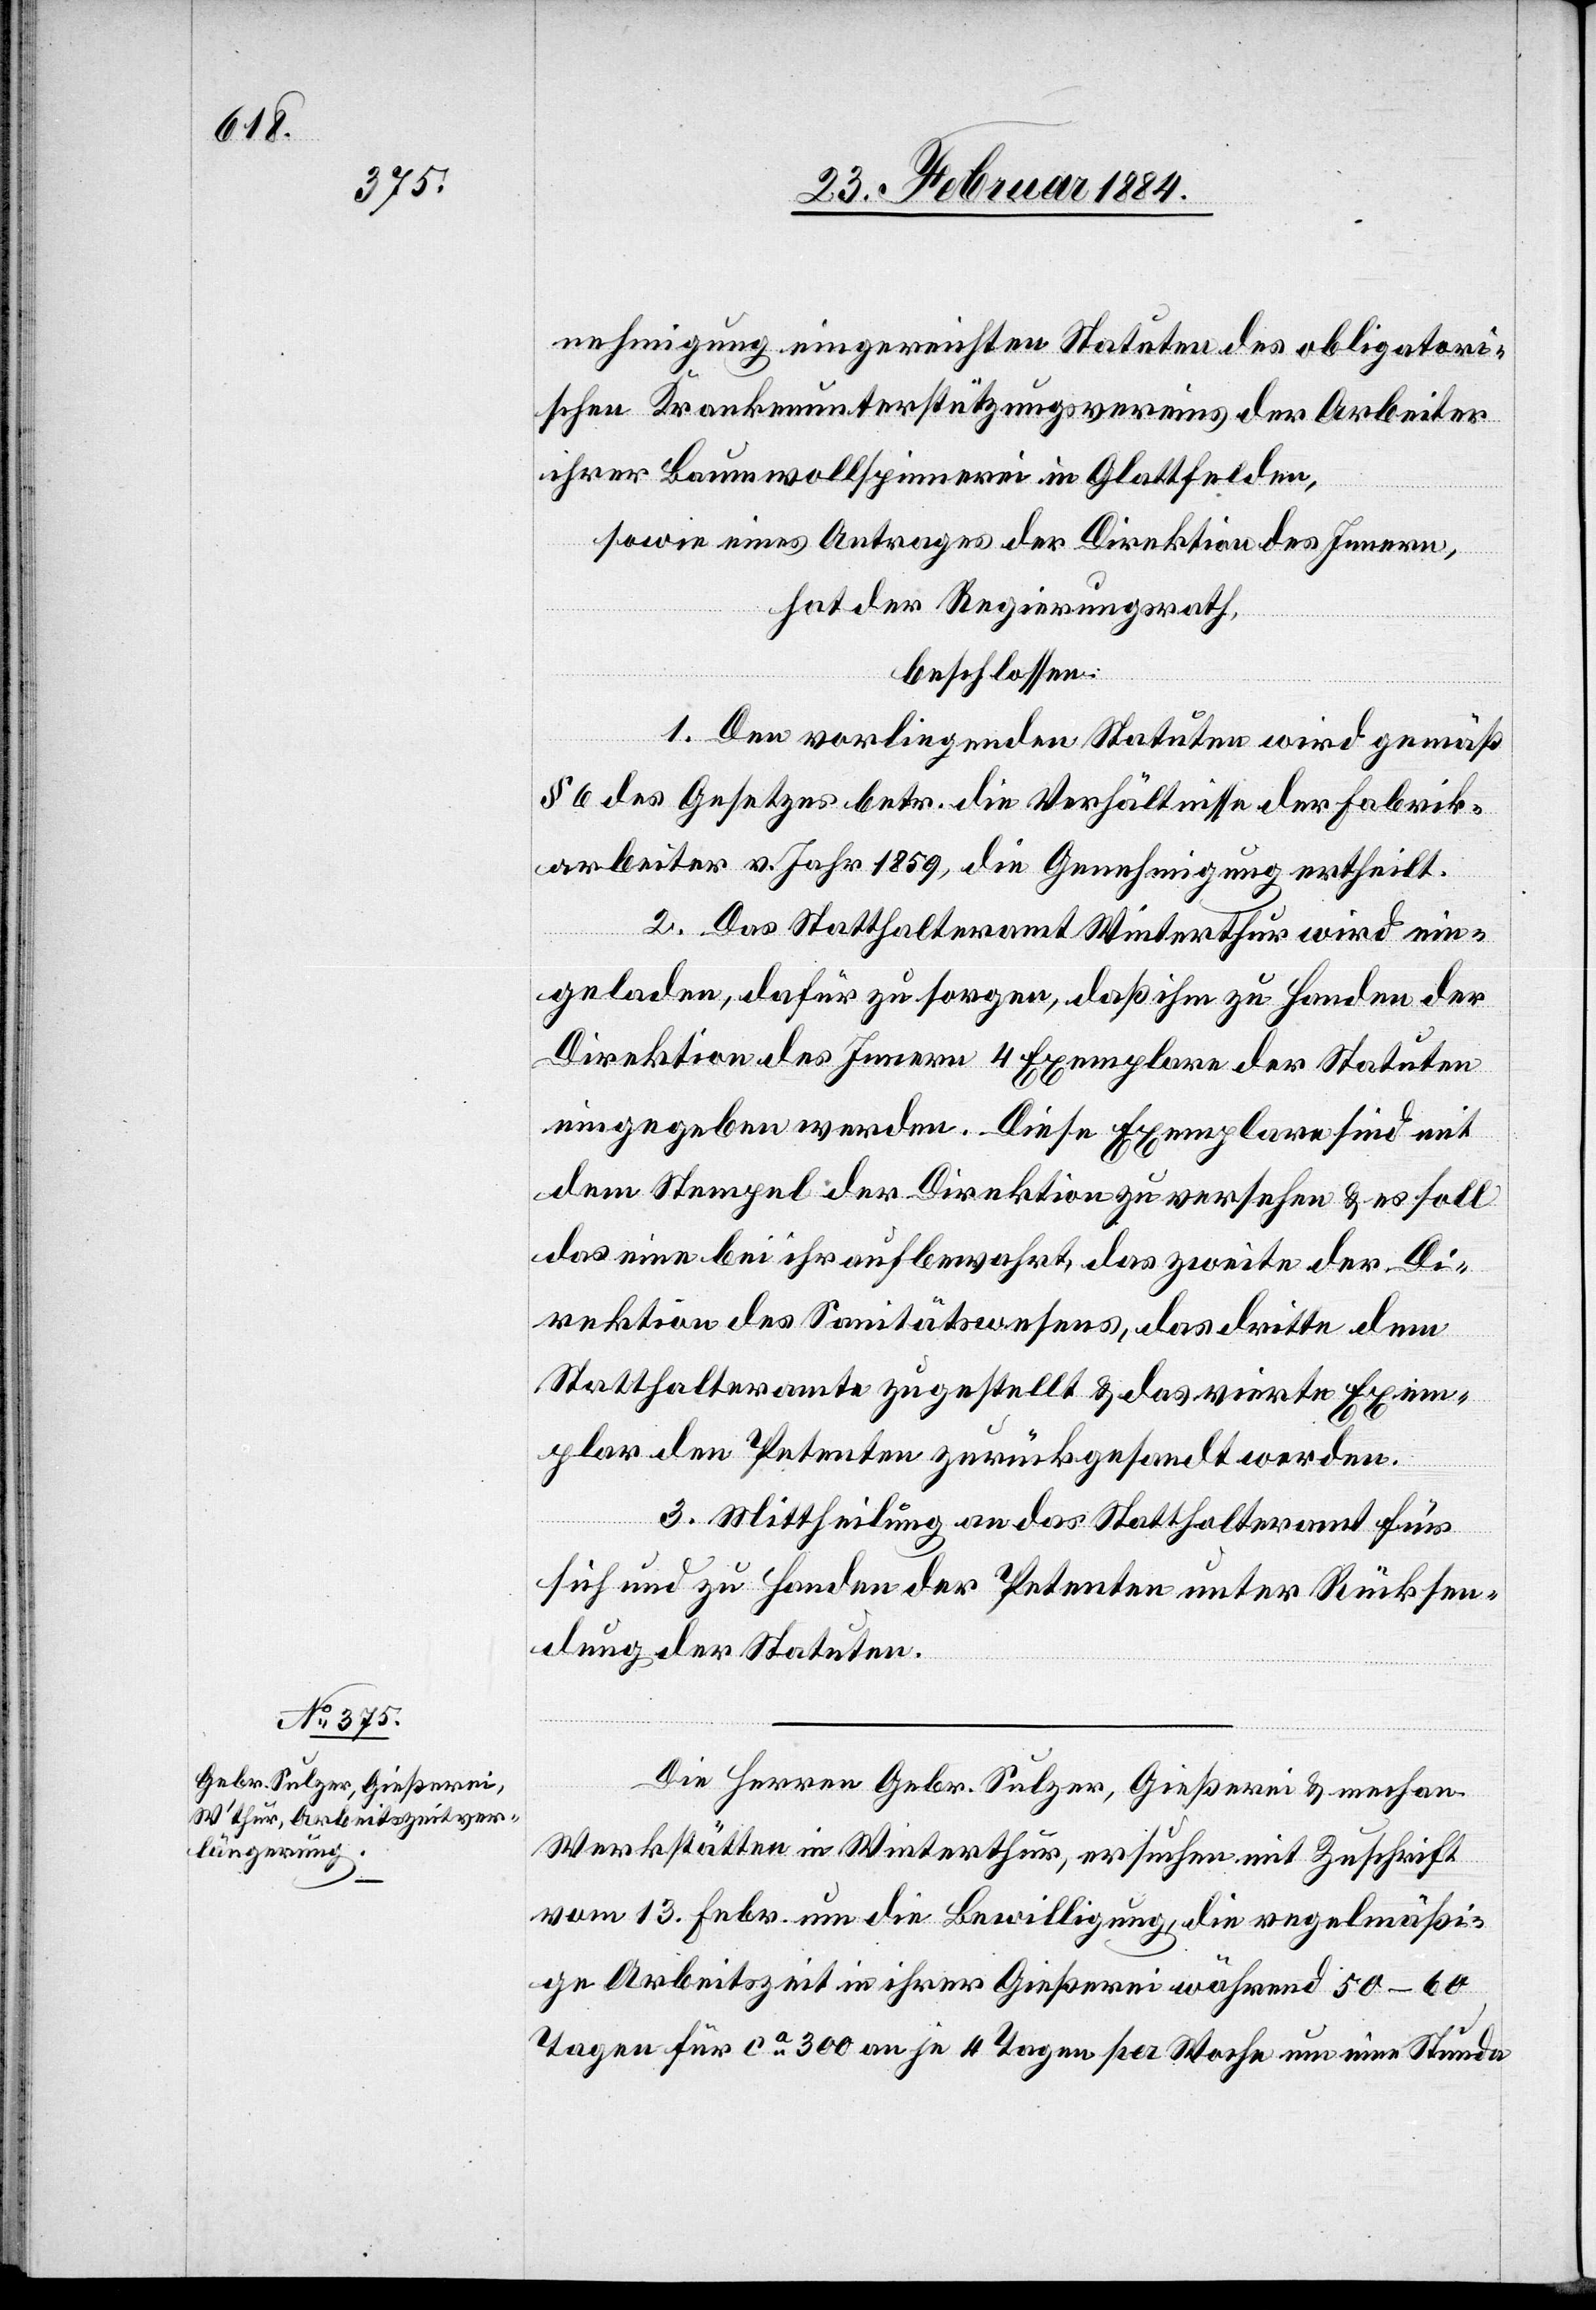
nehmigung eingereichten Statuten des obligatori¬
schen Krankenunterstützungsvereins der Arbeiter
ihrer Baumwollspinnerei in Glattfelden,
sowie eines Antrages der Direktion des Innern,
hat der Regierungsrath,
beschlossen:
1. Den vorliegenden Statuten wird gemäß
§ 6 des Gesetzes betr. die Verhältnisse der Fabrik¬
arbeiter v. Jahr 1859, die Genehmigung ertheilt.
2. Das Statthalteramt Winterthur wird ein¬
geladen, dafür zu sorgen, daß ihm zu Handen der
Direktion des Innern 4 Exemplare der Statuten
dem Stempel der Direktion zu versehen & es soll
das eine bei ihr aufbewahrt, das zweite der Di¬
rektion des Sanitätswesens, das dritte dem
Statthalteramte zugestellt & das vierte Exem¬
plar den Petenten zurückgesandt werden.
3. Mittheilung an das Statthalteramt für
sich und zu Handen der Petenten unter Rücksen¬
dung der Statuten.
Die Herren Gebr. Sulzer, Gießerei & mechan.
Werkstätte in Winterthur, ersuchen mit Zuschrift
vom 13. Febr. um die Bewilligung, die regelmäßi¬
ge Arbeitszeit in ihrer Gießerei während 50–60
Tagen für ca 300 [Arbeiter] an je 4 Tagen per Woche um eine Stunde